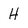
Character: H